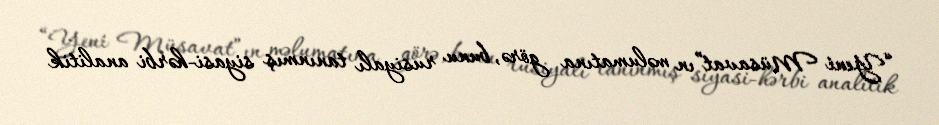
“Yeni Müsavat”ın məlumatına görə, bunu rusiyalı tanınmış siyasi-hərbi analitik